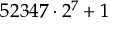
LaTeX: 5 2 3 4 7 \cdot 2 ^ { 7 } + 1